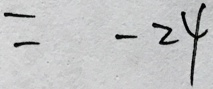
= - 2 4